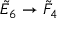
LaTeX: { \tilde { E } } _ { 6 } \to { \tilde { F } } _ { 4 }